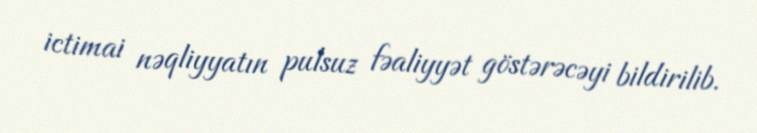
ictimai nəqliyyatın pulsuz fəaliyyət göstərəcəyi bildirilib.